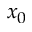
x _ { 0 }